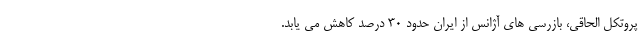
پروتکل الحاقی، بازرسی های آژانس از ایران حدود ۳۰ درصد کاهش می یابد.